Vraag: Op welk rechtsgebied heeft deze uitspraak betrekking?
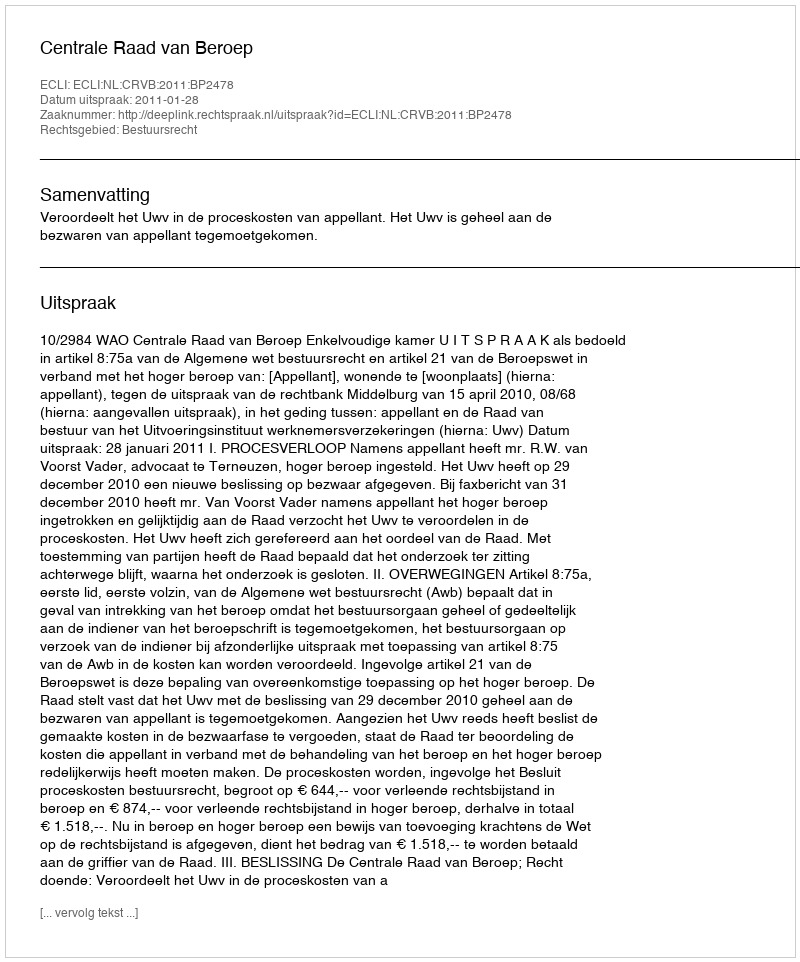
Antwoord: Bestuursrecht